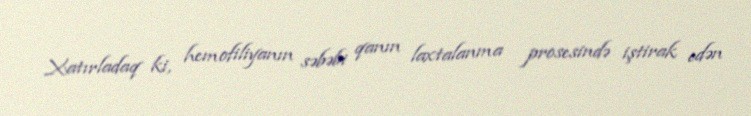
Xatırladaq ki, hemofiliyanın səbəbi qanın laxtalanma prosesində iştirak edən